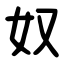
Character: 奴